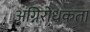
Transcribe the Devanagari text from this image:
अग्निरोधकता